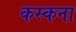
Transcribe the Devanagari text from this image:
कस्कना